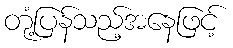
တုံ့ပြန်သည့်အနေဖြင့်